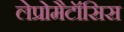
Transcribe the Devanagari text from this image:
लेप्रोमैटॉसिस